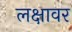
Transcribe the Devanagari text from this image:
लक्षावर